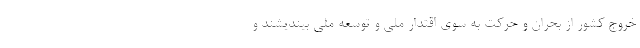
خروج کشور از بحران و حرکت به سوی اقتدار ملی و توسعه ملی بیندیشند و